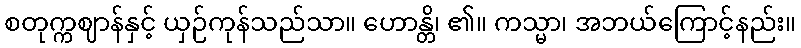
စတုက္ကဈာန်နှင့် ယှဉ်ကုန်သည်သာ။ ဟောန္တိ၊ ၏။ ကသ္မာ၊ အဘယ်ကြောင့်နည်း။